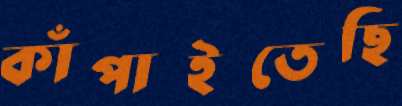
কাঁপাইতেছি